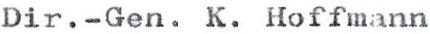
Dir.-Gen. K. Hoffmann